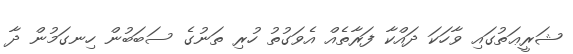
ޝަރީޢަތުގައި ވާހަކަ ދައްކާ ފަރާތެއް އެވަގުތު ހުރި ތަނުގެ ސަބަބުން ހިނގަމުން ދާ